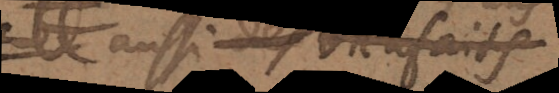
aussi des bienfaits